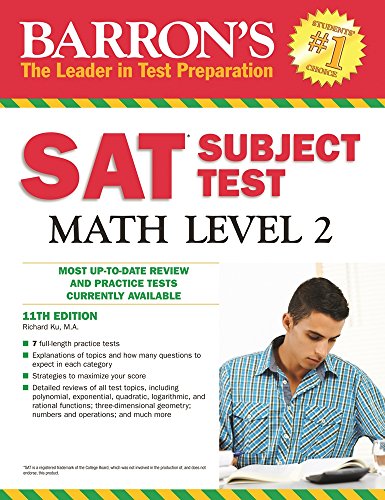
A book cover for Barron's SAT Subject Test Math Level 2, 11th Edition; Richard Ku M.A.; Test Preparation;